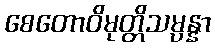
စေတောဝိမုတ္တိသမ္ပန္နာ